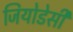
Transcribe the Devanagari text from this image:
जियोडेसी